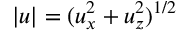
| \boldsymbol { u } | = ( u _ { x } ^ { 2 } + u _ { z } ^ { 2 } ) ^ { 1 / 2 }